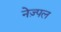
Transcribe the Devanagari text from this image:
नेज़्पल